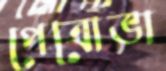
পেত্রোভা